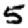
Digit: 5